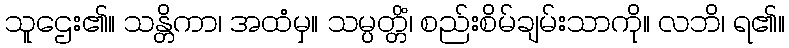
သူဌေး၏။ သန္တိကာ၊ အထံမှ။ သမ္ပတ္တိံ၊ စည်းစိမ်ချမ်းသာကို။ လဘိ၊ ရ၏။